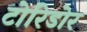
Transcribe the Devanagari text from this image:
टोरिडोर